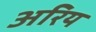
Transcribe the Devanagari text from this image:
अरिय